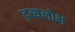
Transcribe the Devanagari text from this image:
द्रव्यलोभ